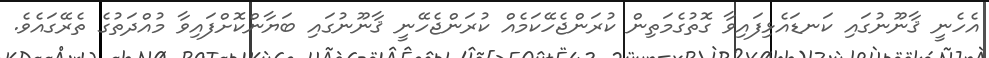
އެހެނީ ޤާނޫނުގައި ކަނޑައެޅިފައިވާ ގޮތުގެމަތިން ކުރަންޖެހޭކަމެއް ކުރަންޖެހޭނީ ޤާނޫނުގައި ބަޔާންކޮށްފައިވާ މުއްދަތުގެ ތެރޭގައެވެ.